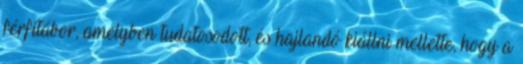
férfitábor, amelyben tudatosodott, és hajlandó kiállni mellette, hogy a